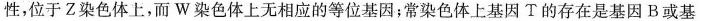
性，位于Z染色体上，而W染色体上无相应的等位基因；常染色体上基因T的存在是基因B或基